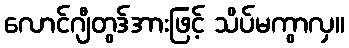
လောင်ဂျီတွဒ်အားဖြင့် သိပ်မကွာလှ။